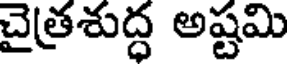
చైత్రశుద్ధ అష్టమి